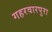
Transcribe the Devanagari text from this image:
गहरवारपुरा